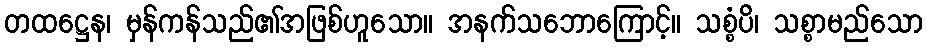
တထဋ္ဌေန၊ မှန်ကန်သည်၏အဖြစ်ဟူသော။ အနက်သဘောကြောင့်။ သစ္စံပိ၊ သစ္စာမည်သော